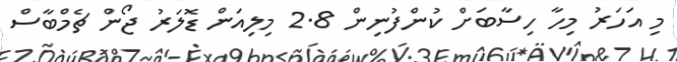
މި އަހަރު މިހާ ހިސާބަށް ކުންފުނިން 2.8 މިލިއަން ޑޮލަރު ޖޯން ޗެމްބާސް